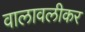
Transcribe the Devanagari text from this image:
वालावलीकर